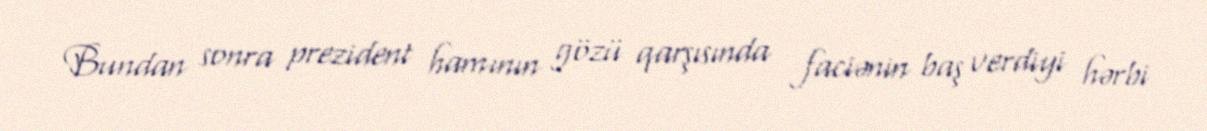
Bundan sonra prezident hamının gözü qarşısında faciənin baş verdiyi hərbi